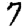
Digit: 7